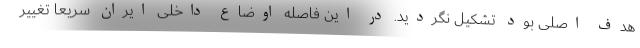
هدف اصلی بود تشکیل نگردید. در این فاصله اوضاع داخلی ایران سریعاً تغییر